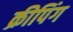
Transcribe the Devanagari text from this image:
क्रीपिंग